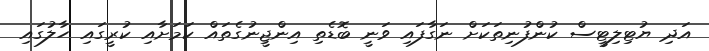
އަދި ޔުޓިލިޓީސް ކުންފުނިތަކަށް ނަގާފައި ވަނީ ބޮޑެތި އިންޖީނުގެތައް ކަމަށާއި ކުރީގައި ހާލުގައި